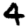
Digit: 4